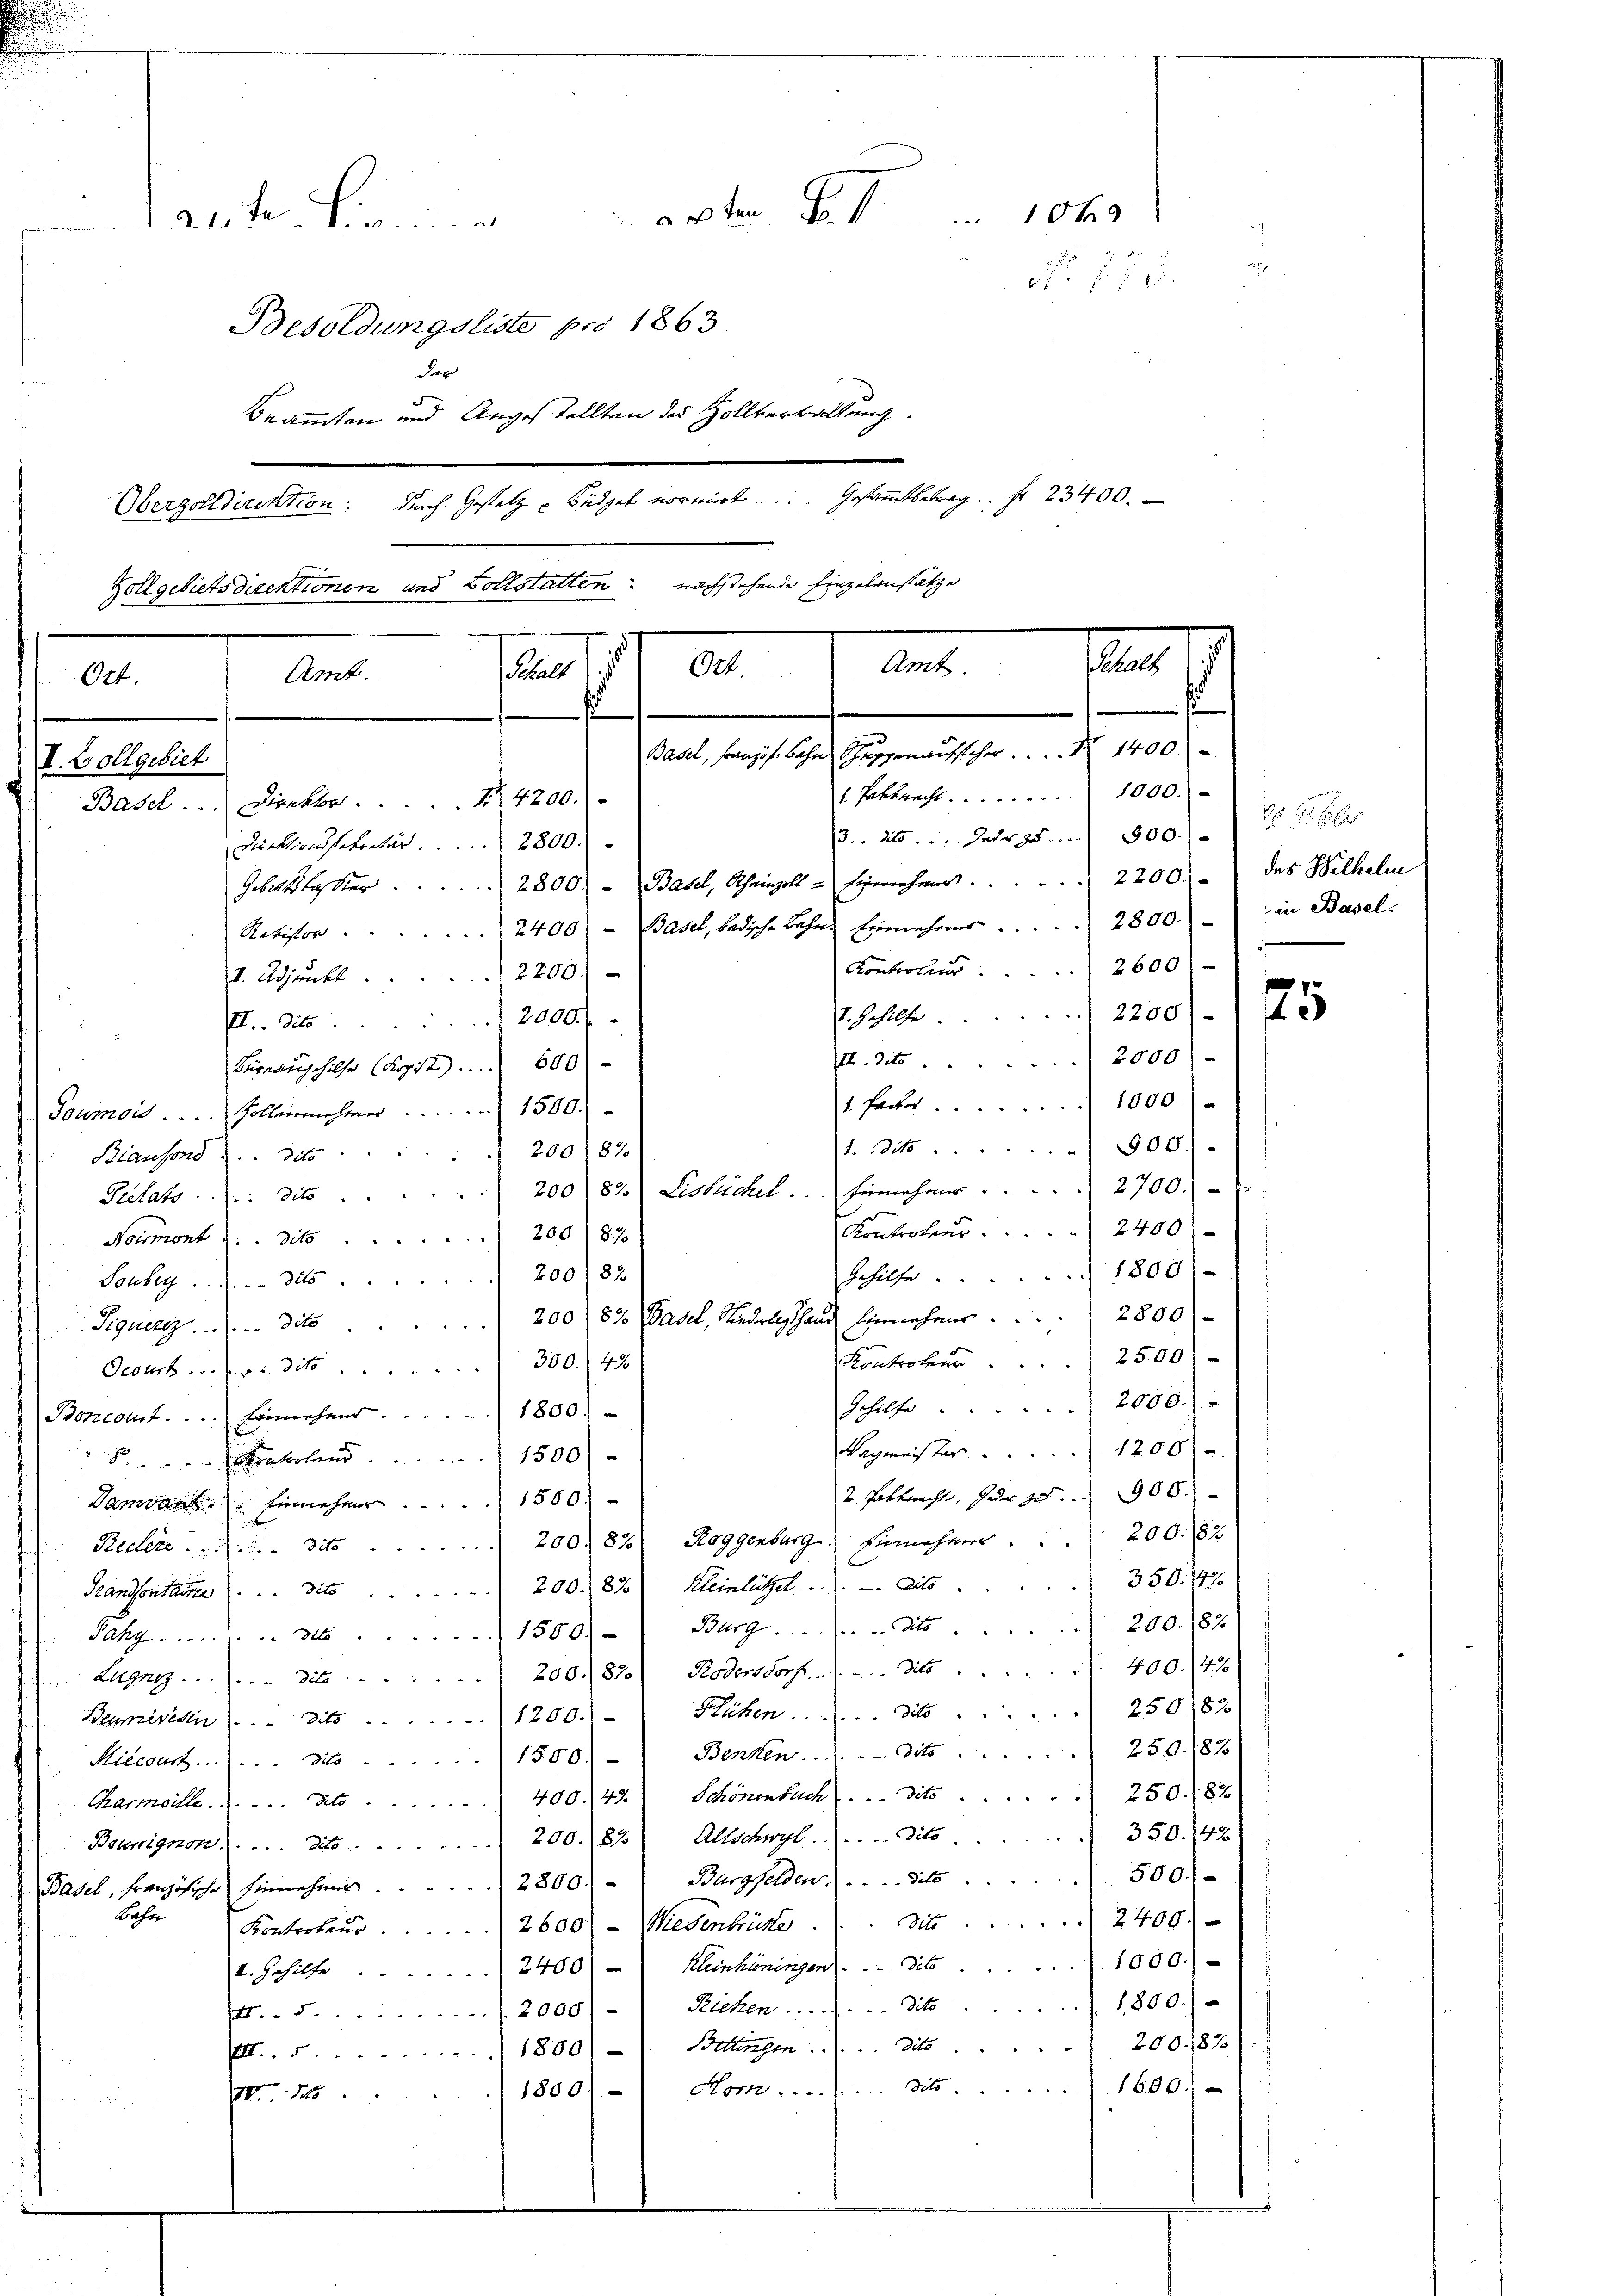
asste Linierten Fr. 1040
Nr. 75
Besoldungsliste pro 1863.
der
Beamten und Angestellten des Zollverwaltung.
Oberzolldirektion durch Gesetz u. Büdget normirt ... Gesammtbetrag fr. 23400.
Zollgebietsdirektionen und Vollstatten nachstehende Einzelensätze
u
a
61. 2. Ant
.
Amt.
Ort.
s
s
Basel, Französ. Bahn Schuppenaufscher  ..  1400.
V. Vollgebiet
1. Taktrecht 1000.-
Basel . . . . . Direktor 14200.-
3.. 215. Jeder zu 300.
Direktionsstratur. 2800.
Gebattskassier 2800. - Basel, Rheinzell - Eigenehmer . . . . . . . . . . . . . . 2200.- des Wilhelm
Retistor 2400 - Basel, bedische Bahn Einnahmes . . . . . . . 2800.- in Basel-
Kontroler 2600
2200) -
V. Adjunkt
 2200). 1 de
2. Gehilfe.
2000
.. 36

. Tit. 2090).
Büreausgehilfe (Kopist . . 600
1. Farber 1000.-
Toumois . . . . . . . . .  Kolleinnehmer 1500.
1. 3500).
200182
Biausend u. dato
200 82) Lisbüchel . . . Hiernehmer . . . . . 2700.
Puitats: dits
Kontroleur. 2400)
Noumont u. dit 200) 87.
Gehülfe 1800/
Souky . . . . . . dis 20083
Piquere . . . . . . . . . . dit 200, 83 (Basel, Niederlagshaus hinnehmer . . . 2800)
Kontroleur 2500)
Gesuch  .. . . die 300. 49
Schilfe 2000)
Boncout.  ..  ..   Einnehat. 1880)
Wagmeister 1208 f
onholen 1500)
2. Pastnachte, Jeder zu 900.
Danwand. Einnehmer 1500.
Redter . . . . . . die 200. 83) Roggenburg. Einnehmer . . 200. 182
350. 142.
Prandsonstreit 200. 82 Kleinlützel dito.
200. 187
Jahr 15601- Burg.  ..  .. . dto
400. 147
Lugnez . . . . . dit 200. 87.) Rodensdorf. (...dito
Blumeridi . . dits 1200.)- ) Flächen ...... die 250/82.
iecourt...... 1550) - Benken. .. .. Tit. 250.87
Charmortheit 400. 47. Schönenbuch. - dits) 250)82
Beunignon. ( ... Mit 200.82) Allschwyl. ...dito. 350. 42
Basel, französische Einnehmer  ..  ..  ..        2800   Bargfelden . . . . . . dato 500.-
Bahn
dite ... 2499.
Kontroleur. 2600 - Wiedenbütte
I. Gehilfe 2400) - Kleinhäringen . . . dit 1000.-
.12000) - ) Rechen ....... dits 1800.
1860) Bettingen . . . . die 200.82
1800) Hom........... Mit . . 1600)
 115

e

i

f